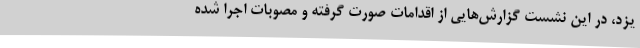
یزد، در این نشست گزارش‌هایی از اقدامات صورت گرفته و مصوبات اجرا شده